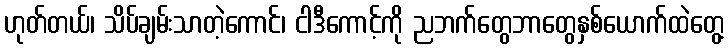
ဟုတ်တယ်၊ သိပ်ချမ်းသာတဲ့ကောင်၊ ငါဒီကောင့်ကို ညဘက်တွေဘာတွေနှစ်ယောက်ထဲတွေ့